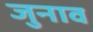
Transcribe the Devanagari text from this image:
जुनाव